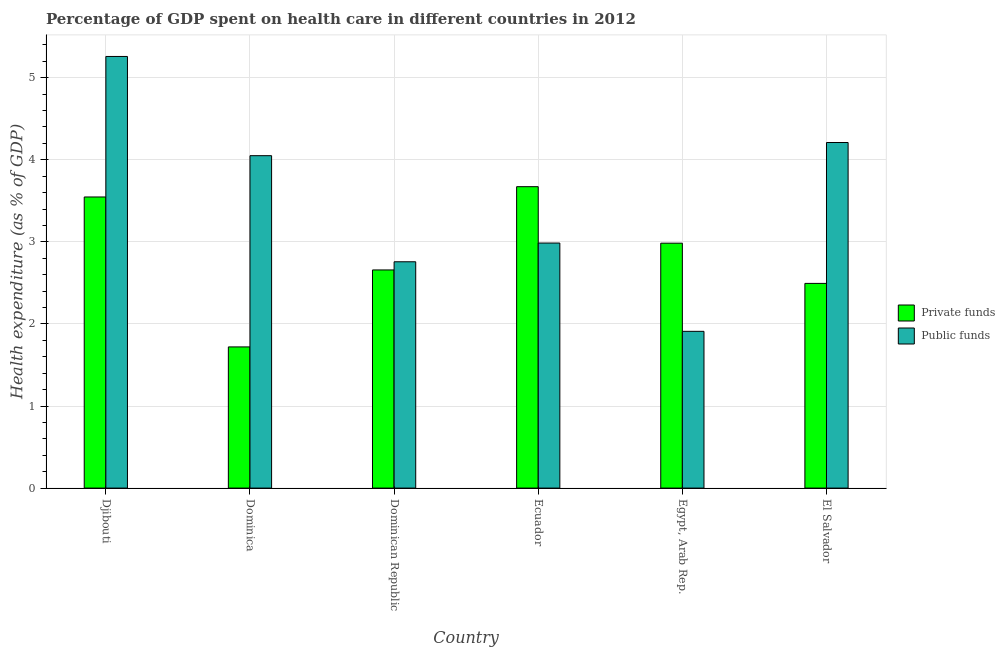
| Country | Private funds | Public funds |
 | --- | --- | --- |
 | Djibouti | 3.55 | 5.26 |
 | Dominica | 1.72 | 4.05 |
 | Dominican Republic | 2.66 | 2.76 |
 | Ecuador | 3.67 | 2.99 |
 | Egypt, Arab Rep. | 2.98 | 1.91 |
 | El Salvador | 2.49 | 4.21 |